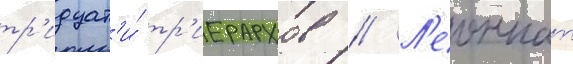
тр'идцат'и́ тр'иерархов // Л'еоннат